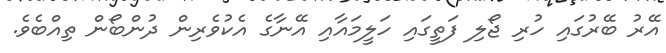
އޭރު ބޭރުގައި ހުރި ޖޯލި ފަތީގައި ހަލީމައާއި އޭނާގެ އެކުވެރިން ދުންބޯން ތިއްބެވެ.